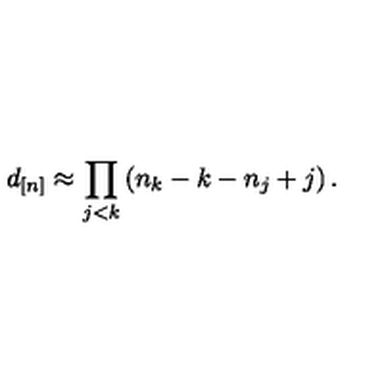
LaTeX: d _ { [ n ] } \approx \prod _ { j < k } \left( n _ { k } - k - n _ { j } + j \right) .